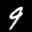
Label: 9